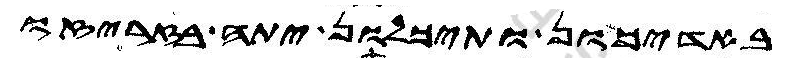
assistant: באדיכון ותיכלון יתה בזריזה